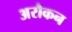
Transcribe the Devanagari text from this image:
अरौकन